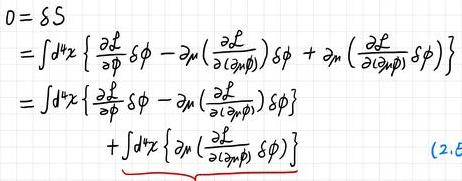
\[
\begin{align*}
0&=\delta S\\
&=\int d^4x\left\{\frac{\partial \mathcal{L}}{\partial \phi}\delta \phi-\partial_\mu\left(\frac{\partial \mathcal{L}}{\partial (\partial_\mu\phi)}\right)\delta \phi+\partial_\mu\left(\frac{\partial \mathcal{L}}{\partial (\partial_\mu\phi)}\delta \phi\right)\right\}\\
&=\int d^4x\left\{\frac{\partial \mathcal{L}}{\partial \phi}\delta \phi-\partial_\mu\left(\frac{\partial \mathcal{L}}{\partial (\partial_\mu\phi)}\right)\delta \phi\right\}\\
&\quad+\int d^4x\left\{\partial_\mu\left(\frac{\partial \mathcal{L}}{\partial (\partial_\mu\phi)}\delta \phi\right)\right\}\quad (2.16)
\end{align*}
\]